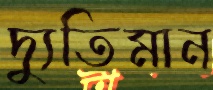
দ্যুতিমান